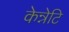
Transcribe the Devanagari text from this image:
केन्नेटि